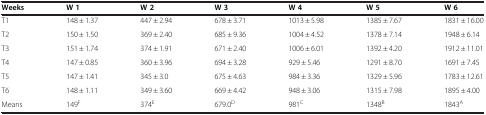
| Weeks | W 1 | W 2 | W 3 | W 4 | W 5 | W 6 |
 | --- | --- | --- | --- | --- | --- | --- |
 | T1 | 148 ± 1.37 | 447 ± 2.94 | 678 ± 3.71 | 1013 ± 5.98 | 1385 ± 7.67 | 1831 ± 16.00 |
 | T2 | 150 ± 1.50 | 369 ± 2.40 | 685 ± 9.36 | 1004 ± 4.52 | 1378 ± 7.14 | 1948 ± 6.14 |
 | T3 | 151 ± 1.74 | 374 ± 1.91 | 671 ± 2.40 | 1006 ± 6.01 | 1392 ± 4.20 | 1912 ± 11.01 |
 | T4 | 147 ± 0.85 | 360 ± 3.96 | 694 ± 3.28 | 929 ± 5.46 | 1291 ± 8.70 | 1691 ± 7.45 |
 | T5 | 147 ± 1.41 | 345 ± 3.0 | 675 ± 4.63 | 984 ± 3.36 | 1329 ± 5.96 | 1783 ± 12.61 |
 | T6 | 148 ± 1.11 | 349 ± 3.60 | 669 ± 4.42 | 948 ± 3.06 | 1315 ± 7.98 | 1895 ± 4.00 |
 | Means | 149F | 374E | 679.0D | 981C | 1348B | 1843A |